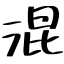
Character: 混